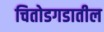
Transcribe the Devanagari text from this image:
चितोडगडातील